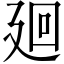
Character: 廻